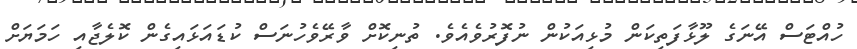
ހުއްޓަސް އޭނަގެ ލޫޅާފަތިކަން މުޅިއަކުން ނުފޮރުވެއެވެ. ތުނިކޮށް ވާރޭވެހުނަސް ކުޑައަޅައިގެން ކޮލެޖާއި ހަމަޔަށް